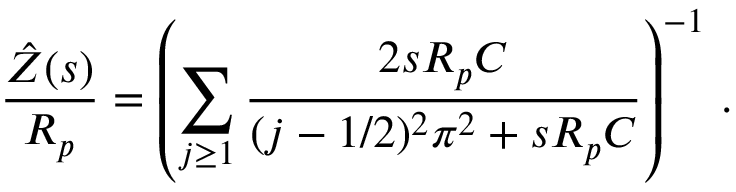
\frac { \hat { Z } ( s ) } { R _ { p } } = \left( \sum _ { j \ge 1 } \frac { 2 s R _ { p } C } { ( j - 1 / 2 ) ^ { 2 } \pi ^ { 2 } + s R _ { p } C } \right) ^ { - 1 } \, .